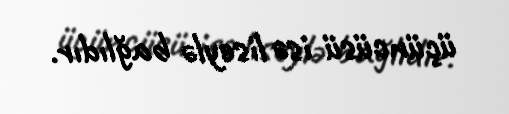
üçüncüsü isə liseylə bağlıdır.